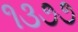
૧૩૭૭